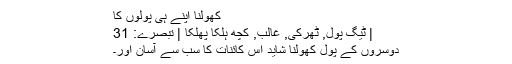
کھولنا اپنے ہی پولوں کا
| ٹیگ پول, ٹھرکی, غالب, کچھ ہلکا پھلکا | تبصرے: 31
دوسروں کے پول کھولنا شاید اس کائنات کا سب سے آسان اور۔